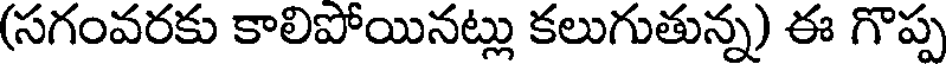
(సగంవరకు కాలిపోయినట్లు కలుగుతున్న) ఈ గొప్ప